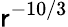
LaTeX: \mathsf{r}^{-10/3}